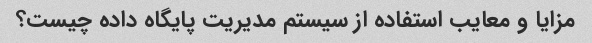
مزایا و معایب استفاده از سیستم مدیریت پایگاه داده چیست؟